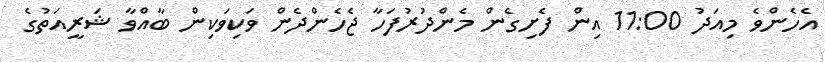
އެހެންވެ މިއަދު 11:00 އިން ފެށިގެން މެންދުރުފަހާ ޖެހެންދެން ވަކިވަކިން ބާއްވާ ޝަރީއަތުގެ